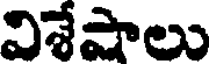
విశేషాలు